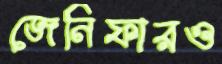
জেনিফারও